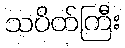
သပိတ်ကြီး